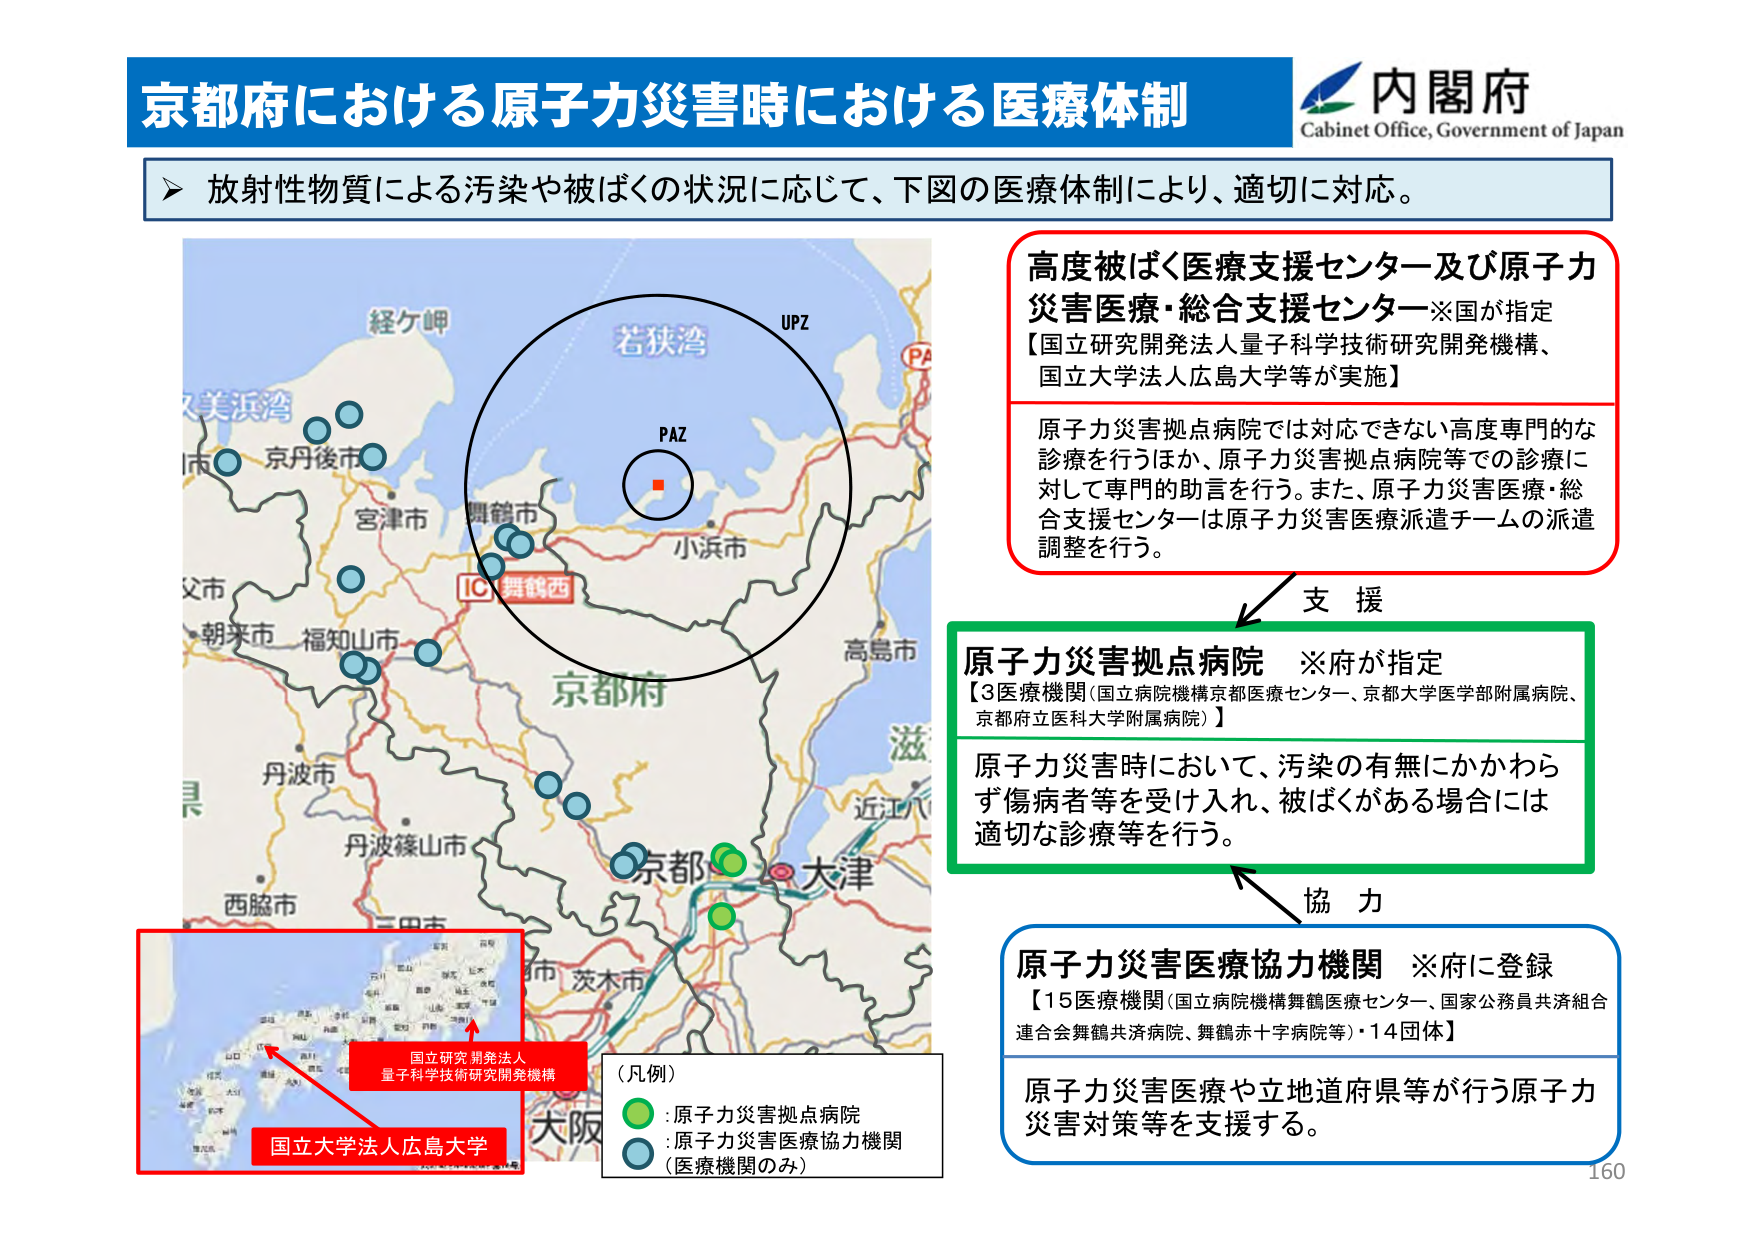
京都府における原子力災害時における医療体制
内閣府
Cabinet Office, Government of Japan

放射性物質による汚染や被ばくの状況に応じて、下図の医療体制により、適切に対応。

高度被ばく医療支援センター及び原子力災害医療・総合支援センター※国が指定
【国立研究開発法人量子科学技術研究開発機構、国立大学法人広島大学等が実施】
原子力災害拠点病院では対応できない高度専門的な診療を行うほか、原子力災害拠点病院等での診療に対して専門的助言を行う。また、原子力災害医療・総合支援センターは原子力災害医療派遣チームの派遣調整を行う。

支援

原子力災害拠点病院 ※府が指定
【3医療機関（国立病院機構京都医療センター、京都大学医学部附属病院、京都府立医科大学附属病院）】
原子力災害時において、汚染の有無にかかわらず傷病者等を受け入れ、被ばくがある場合には適切な診療等を行う。

協力

原子力災害医療協力機関 ※府に登録
【15医療機関（国立病院機構舞鶴医療センター、国家公務員共済組合連合会舞鶴共済病院、舞鶴赤十字病院等）・14団体】
原子力災害医療や立地道府県等が行う原子力災害対策等を支援する。

（凡例）
●：原子力災害拠点病院
●：原子力災害医療協力機関（医療機関のみ）

国立研究開発法人
量子科学技術研究開発機構
国立大学法人広島大学

経ヶ岬
美浜湾
京丹後市
宮津市
朝来市
福知山市
丹波市
丹波篠山市
西脇市
京都府
舞鶴西
IC
小浜市
高島市
滋
近江八
京都
大津
茨木市
大阪
PAZ
UPZ
160